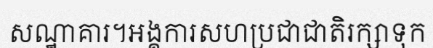
សណ្ឋាគារ។អង្គការសហប្រជាជាតិរក្សាទុក